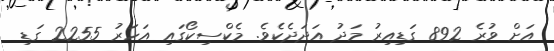
އަށް ވުރެ 892 ގަޑިއިރު މަދު އަދަދެކެވެ. މެކްސިކޯގައި އަހަރު 2255 ގަޑި